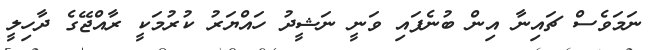
ނަމަވެސް ޗައިނާ އިން ބުނެފައި ވަނީ ނަޝީދު ހައްޔަރު ކުރުމަކީ ރާއްޖޭގެ ދާހިލީ